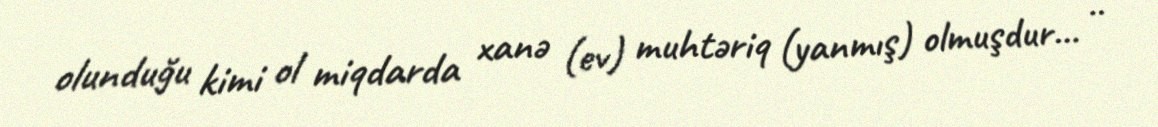
olunduğu kimi ol miqdarda xanə (ev) muhtəriq (yanmış) olmuşdur... ..